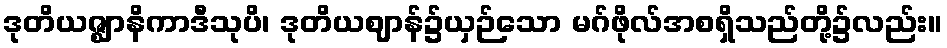
ဒုတိယဇ္ဈာနိကာဒီသုပိ၊ ဒုတိယဈာန်၌ယှဉ်သော မဂ်ဖိုလ်အစရှိသည်တို့၌လည်း။